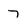
Character: 7